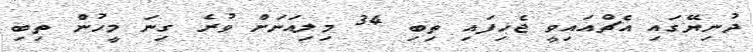
ދުނިޔޭގައި އެޗްއައިވީ ޖެހިފައި ތިބި 34 މިލިއަނަށް ވުރެ ގިނަ މީހުން ތިބި